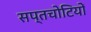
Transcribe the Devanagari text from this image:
सप्तचोटियों